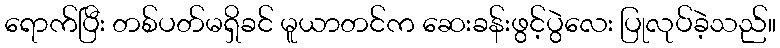
ရောက်ပြီး တစ်ပတ်မရှိခင် မူယာတင်က ဆေးခန်းဖွင့်ပွဲလေး ပြုလုပ်ခဲ့သည်။